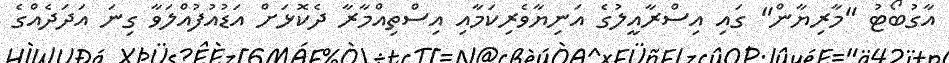
އާގުބޯޓު "މާރިޔާން" ގައި އިސްރާއީލުގެ އަނިޔާވެރިކަމާއި އިސްތިއްމާރާ ދެކޮޅަށް އަޑުއުފުއްލަވާ ގިނަ އަދަދެއްގެ